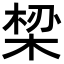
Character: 𬂾